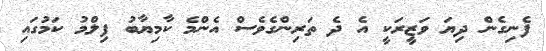
ފެނިގެން ދިޔަ ވަޒީރަކީ އެ ދެ ތަރިންގެވެސް އެންމެ ކާމިޔާބު ފިލްމު ކަމުގައި